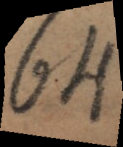
G. H